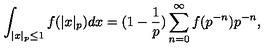
\int _ { | x | _ { p } \le 1 } f ( | x | _ { p } ) d x = ( 1 - \frac 1 p ) \sum _ { n = 0 } ^ { \infty } f ( p ^ { - n } ) p ^ { - n } ,